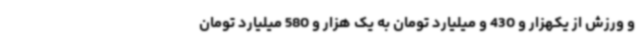
و ورزش از یکهزار و 430 و میلیارد تومان به یک هزار و 580 میلیارد تومان